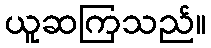
ယူဆကြသည်။